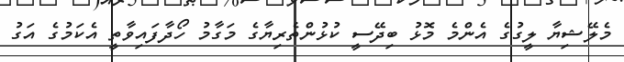
މެލޭޝިޔާ ލީގުގެ އެންމެ މޮޅު ބިދޭސީ ކުޅުންތެރިޔާގެ މަގާމު ހޯދާފައިވާތީ އެކަމުގެ އަގު